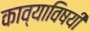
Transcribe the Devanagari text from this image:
काव्याविषयी